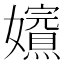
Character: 𡤁